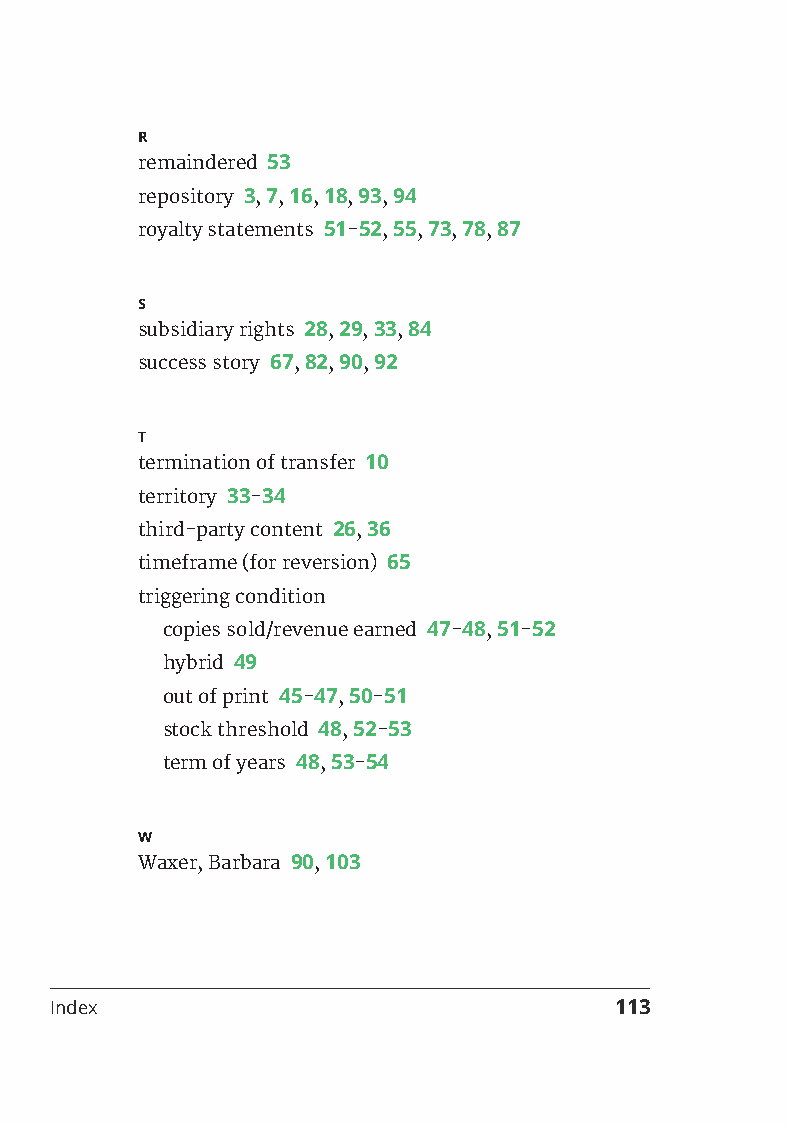
R
 remaindered 53
 repository 3, 7, 16, 18, 93, 94
 royalty statements 51-52, 55, 73, 78, 87
 S
 subsidiary rights 28, 29, 33, 84
 success story 67, 82, 90, 92
 T
 termination of transfer 10
 territory 33-34
 third-party content 26, 36
 timeframe (for reversion) 65
 triggering condition
 copies sold/revenue earned 47-48, 51-52
 hybrid 49
 out of print 45-47, 50-51
 stock threshold 48, 52-53
 term of years 48, 53-54
 W
 Waxer, Barbara 90, 103
 Index                                 113